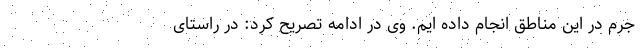
جرم در این مناطق انجام داده ایم. وی در ادامه تصریح کرد: در راستای